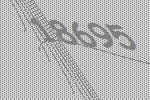
18695